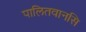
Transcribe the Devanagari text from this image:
पालितवानसि